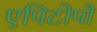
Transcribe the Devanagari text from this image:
एपिटोपों